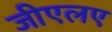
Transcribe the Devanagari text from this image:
जीएलए